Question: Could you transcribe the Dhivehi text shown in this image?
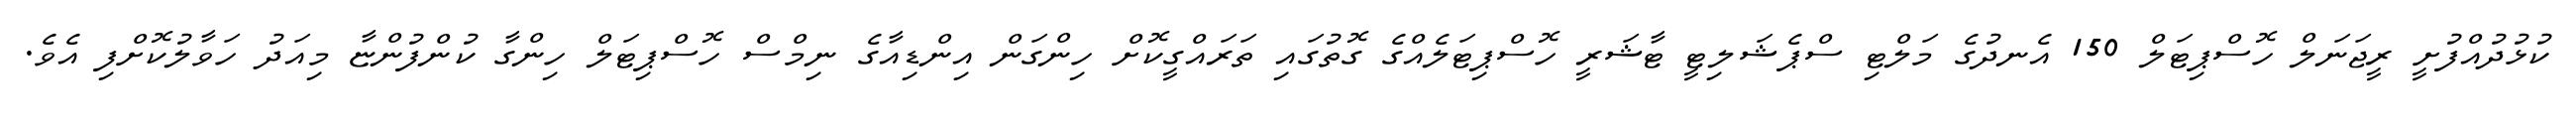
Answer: ކުޅުދުއްފުށީ ރީޖަނަލް ހޮސްޕިޓަލް 150 އެނދުގެ މަލްޓި ސްޕެޝަލިޓީ ޓާޝަރީ ހޮސްޕިޓަލެއްގެ ގޮތުގައި ތަރައްގީކޮށް ހިންގަން އިންޑިއާގެ ނިމްސް ހޮސްޕިޓަލް ހިންގާ ކުންފުންޏާ މިއަދު ހަވާލުކޮށްފި އެވެ.